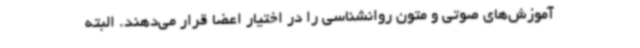
آموزش‌های صوتی و متون روانشناسی را در اختیار اعضا قرار می‌دهند. البته